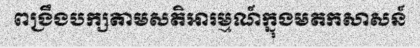
ពង្រឹងបក្សតាមសតិអារម្មណ៍ក្នុងមតកសាសន៍